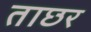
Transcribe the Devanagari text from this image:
ताछर